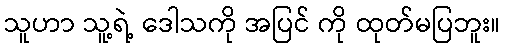
သူဟာ သူ့ရဲ့ ဒေါသကို အပြင် ကို ထုတ်မပြဘူး။